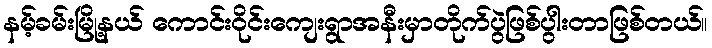
နမ့်ခမ်းမြို့နယ် ကောင်းဝိုင်းကျေးရွာအနီးမှာတိုက်ပွဲဖြစ်ပွါးတာဖြစ်တယ်။